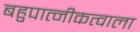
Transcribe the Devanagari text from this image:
बहुपात्नीकत्वाला